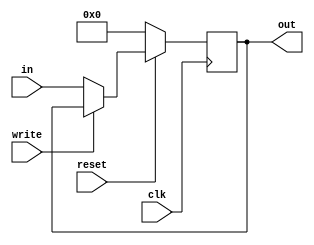
module register16(clk, out, in, write, reset);  // Negedge-triggered flipflop register with active-low write signal and reset

	output reg [15:0] out;
	input      [15:0] in;
	input      clk, write, reset;
	
	always@(posedge clk) begin
		if(reset==0) begin
			out = 16'b0;
		end
		else if(write == 1'b0) begin
			out = in;
		end
	end
	
endmodule